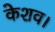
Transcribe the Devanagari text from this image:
केशव।